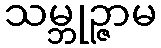
သမ္ဘုဉ္ဇာမ